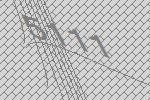
5111